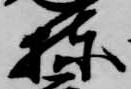
棟